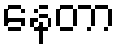
နေတာ